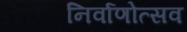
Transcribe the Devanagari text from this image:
निर्वाणोत्सव